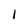
Character: 1